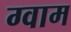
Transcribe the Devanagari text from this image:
ग्वाम